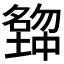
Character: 𡒒